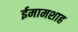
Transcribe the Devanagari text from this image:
ईमामशाह